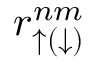
r _ { \uparrow ( \downarrow ) } ^ { n m }